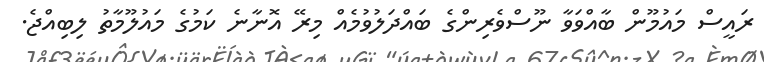
ރައީސް މައުމޫން ބާއްވަވާ ނޫސްވެރިންގެ ބައްދަލުވުމެއް މިރޭ އޮނާނެ ކަމުގެ މައުލޫމާތު ލިބިއްޖެ.